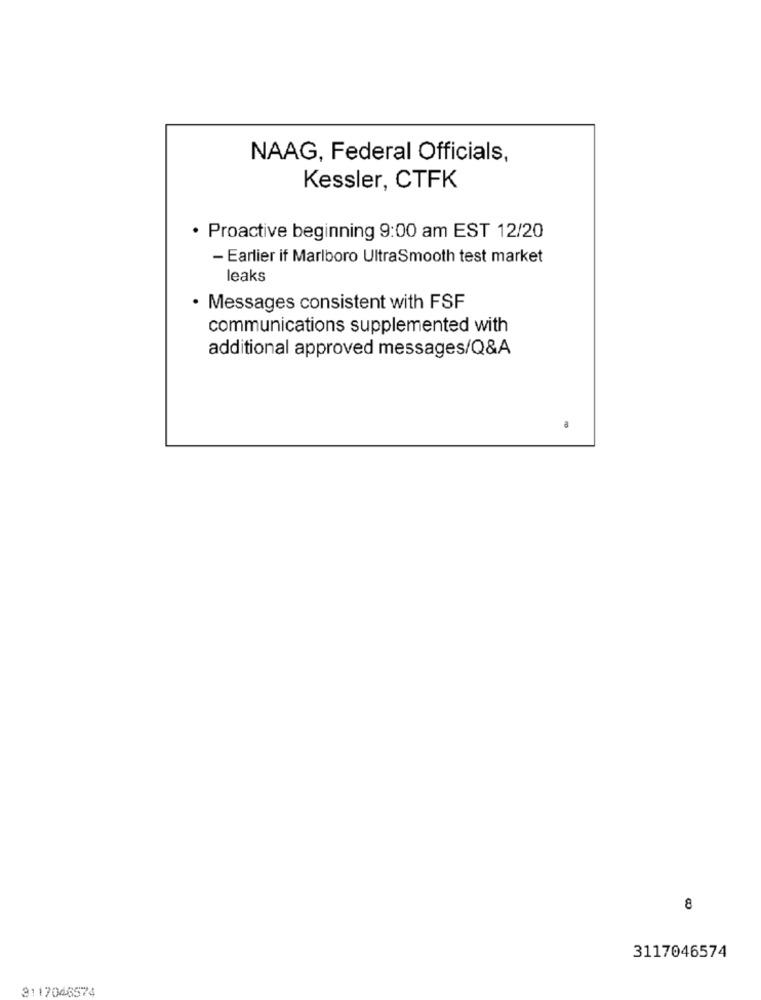
NAAG, Federal Officials,
Kessler, CTFK
· Proactive beginning 9:00 am EST 12/20
- Earlier if Marlboro UltraSmooth test market
leaks
· Messages consistent with FSF
communications supplemented with
additional approved messages/Q&A
8
3117046574
3117046574